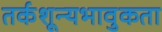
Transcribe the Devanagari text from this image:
तर्कशून्यभावुकता